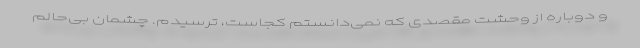
و دوباره از وحشت مقصدی که نمی‌دانستم کجاست، ترسیدم. چشمان بی‌حالم